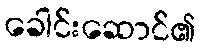
ခေါင်းဆောင်၏